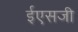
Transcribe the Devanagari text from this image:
ईएसजी